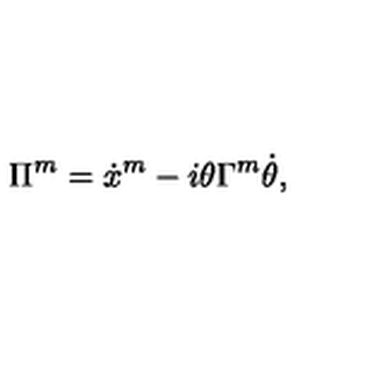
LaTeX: \Pi ^ { m } = \dot { x } ^ { m } - i \theta \Gamma ^ { m } \dot { \theta } ,